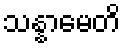
သန္နာမေတိ